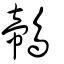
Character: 鶙